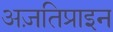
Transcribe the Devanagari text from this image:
अज़तिप्राइन